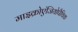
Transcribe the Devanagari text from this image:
माइक्रोएंजियोपैथिक